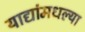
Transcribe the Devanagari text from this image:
याद्यांमधल्या